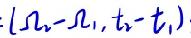
\((x_2 - x_1, t_2 - t_1)\)